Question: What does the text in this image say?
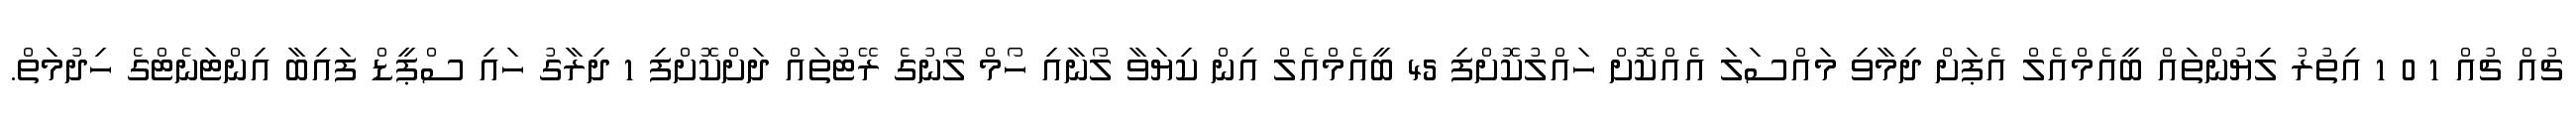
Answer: ޗުއް ޗުއް 1 0 1 އިތުރު ލިޔުންތައް ބީއެމްއެލް އެޕަށް ދިމާވި މައްސަލަ އެއްކޮށް ހައްލުކޮށްފި 45 ބީއެމްއެލް އިން ކިޔަވާ ލޯނާއި ހޯމް ލޯނުގެ ރޭޓުތައް ދަށްކޮށްފި 1 ދިރާގު ހައި ސްޕީޑް ފައިބާ އިންޓަނެޓްގެ ހިދުމަތް.